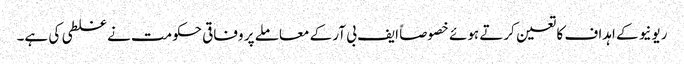
ریونیو کے اہداف کا تعین کرتے ہوئے خصوصاً ایف بی آر کے معاملے پر وفاقی حکومت نے غلطی کی ہے۔